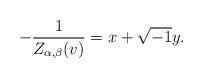
LaTeX: \begin{align*}-\frac{1}{Z_{\alpha, \beta}(v)} = x + \sqrt{-1} y.\end{align*}